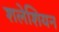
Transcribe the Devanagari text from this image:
शलेशियन